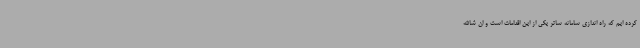
کرده ایم که راه اندازی سامانه ساتر یکی از این اقدامات است و ان شاالله